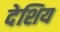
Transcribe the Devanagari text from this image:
देशिय